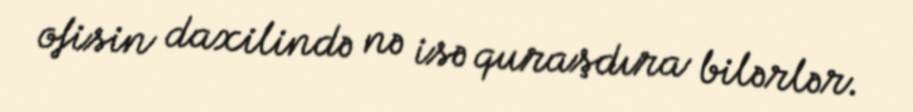
ofisin daxilində nə isə quraşdıra bilərlər.